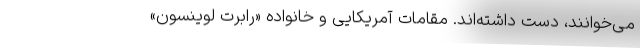
می‌خوانند، دست داشته‌اند. مقامات آمریکایی و خانواده «رابرت لوینسون»